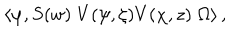
LaTeX: \left\langle \varphi , S ( w ) \; V ( \psi , \zeta ) V ( \chi , z ) \; \Omega \right\rangle ,